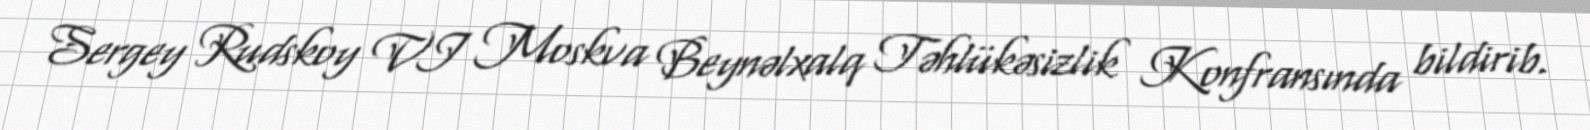
Sergey Rudskoy VI Moskva Beynəlxalq Təhlükəsizlik Konfransında bildirib.